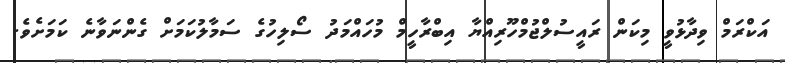
އަކްރަމް ވިދާޅުވީ މިކަން ރައީސުލްޖުމްހޫރިއްޔާ އިބްރާހީމް މުހައްމަދު ސޯލިހުގެ ސަމާލުކަމަށް ގެންނަވާނެ ކަމަށެވެ.